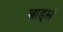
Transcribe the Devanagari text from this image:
बार्ड्स